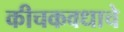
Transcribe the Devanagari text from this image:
कीचकवधाचे